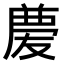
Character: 𠭶